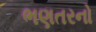
ભણતરનો